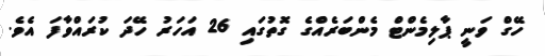
ހޭގް ވަނީ ޕާލިމެންޓް މެންބަރެއްގެ ގޮތުގައި 26 އަހަރު ހޭދަ ކުރައްވާފަ އެވެ.